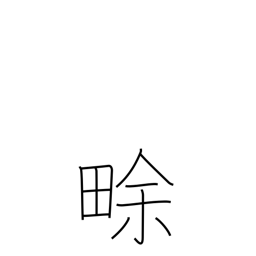
Meaning: new field